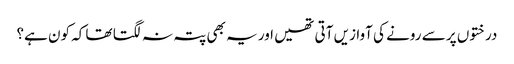
درختوں پر سے رونے کی آوازیں آتی تھیں اور یہ بھی پتہ نہ لگتا تھا کہ کون ہے؟